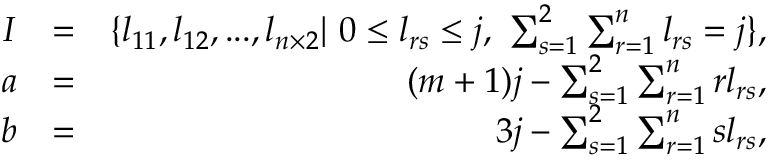
\begin{array} { r l r } { I } & { = } & { \{ l _ { 1 1 } , l _ { 1 2 } , . . . , l _ { n \times 2 } | \mathrm { ~ } 0 \leq l _ { r s } \leq j \mathrm { , ~ } \sum _ { s = 1 } ^ { 2 } \sum _ { r = 1 } ^ { n } l _ { r s } = j \} , } \\ { a } & { = } & { ( m + 1 ) j - \sum _ { s = 1 } ^ { 2 } \sum _ { r = 1 } ^ { n } r l _ { r s } \mathrm { , } } \\ { b } & { = } & { 3 j - \sum _ { s = 1 } ^ { 2 } \sum _ { r = 1 } ^ { n } s l _ { r s } , } \end{array}